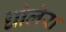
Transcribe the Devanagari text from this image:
धोलेरा